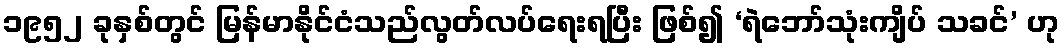
၁၉၅၂ ခုနှစ်တွင် မြန်မာနိုင်ငံသည်လွတ်လပ်ရေးရပြီး ဖြစ်၍ ‘ရဲဘော်သုံးကျိပ် သခင်’ ဟု